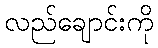
လည်ချောင်းကို